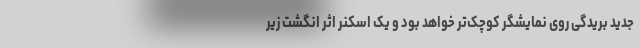
جدید بریدگی روی نمایشگر کوچک‌تر خواهد بود و یک اسکنر اثر انگشت زیر